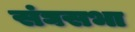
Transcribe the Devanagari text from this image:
संघसभा